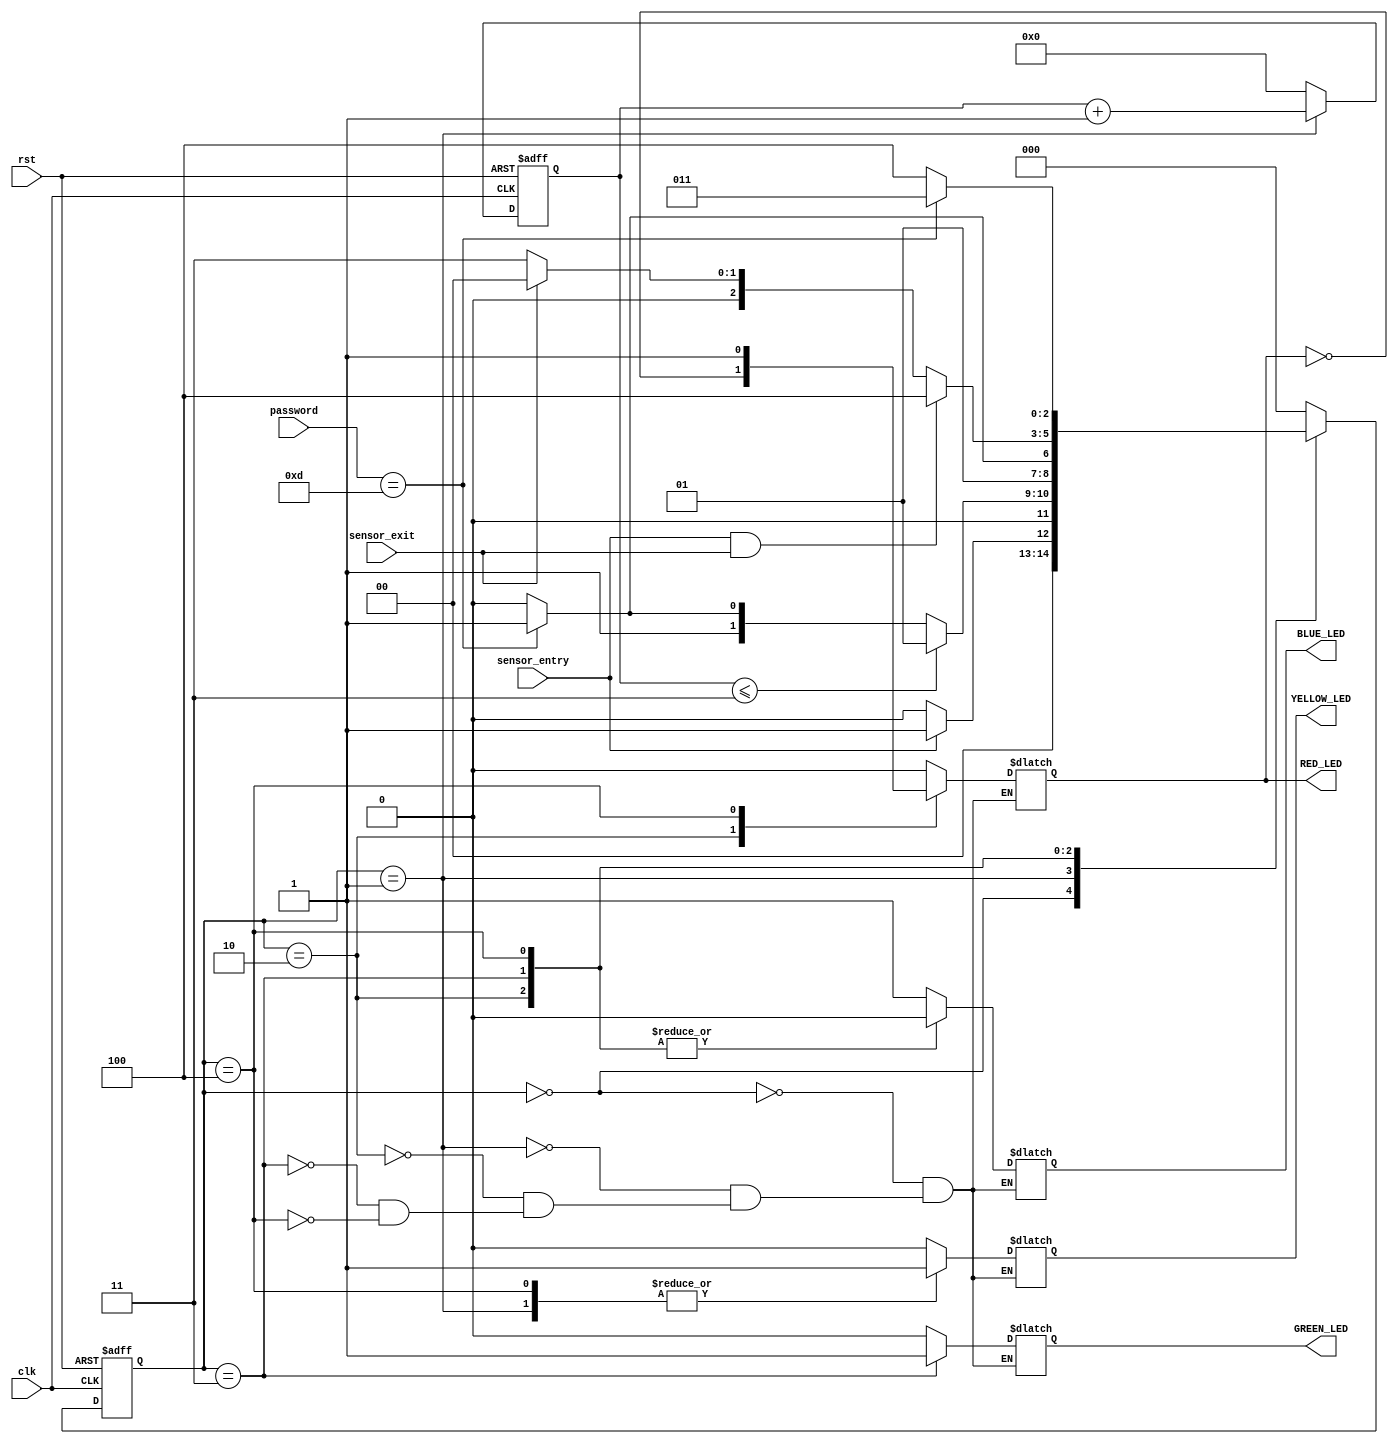
`timescale 1ns/1ps
module smart_parking(
    input clk,
    input rst,
    input sensor_entry,
    input sensor_exit,
    input [3:0] password,
    output reg GREEN_LED,
    output reg RED_LED,
    output reg BLUE_LED,
    output reg YELLOW_LED
);

parameter IDLE = 3'b000, WAIT_PASSWORD = 3'b001, WRONG_PASSWORD = 3'b010,
          RIGHT_PASSWORD = 3'b011, SYS_STOP = 3'b100;

reg [2:0] current_state, next_state;
reg [31:0] counter_wait;

always @(posedge clk or negedge rst) begin
  if (~rst)
    current_state <= IDLE;
  else
    current_state <= next_state;
end

always @(posedge clk or negedge rst) begin
  if (~rst)
    counter_wait <= 0;
  else if (current_state == WAIT_PASSWORD)
    counter_wait <= counter_wait + 1;
  else
    counter_wait <= 0;
end

always @(*) begin
  case (current_state)
    IDLE: begin
      if (sensor_entry == 1)
      begin
        next_state <= WAIT_PASSWORD;
      end
      else
      begin
        next_state <= IDLE;
      end
    end

    WAIT_PASSWORD: begin
      if (counter_wait <= 3)
      begin
        next_state <= WAIT_PASSWORD;
      end
      else begin
        if (password == 4'b1101)
        begin
          next_state <= RIGHT_PASSWORD;
        end
        else
        begin
          next_state <= WRONG_PASSWORD;
        end
      end
    end

    WRONG_PASSWORD: begin
      if (password == 4'b1101)
      begin
        next_state <= RIGHT_PASSWORD;
      end
      else
      begin
        next_state <= WRONG_PASSWORD;
      end
    end

    RIGHT_PASSWORD: begin
      if (sensor_entry == 1 && sensor_exit == 1)
      begin
        next_state <= SYS_STOP;
      end
      else if (sensor_exit == 1)
      begin
        next_state <= IDLE;
      end
      else
      begin
        next_state <= RIGHT_PASSWORD;
      end
    end

    SYS_STOP: begin
      if (password == 4'b1101)
      begin
        next_state <= RIGHT_PASSWORD;
      end
      else
      begin
        next_state <= SYS_STOP;
      end
    end

    default: next_state <= IDLE;
  endcase
end

always @(current_state) begin
  case (current_state)
    IDLE: begin
      GREEN_LED <= 1'b0;
      RED_LED <= 1'b0;
      YELLOW_LED <= 1'b0;
      BLUE_LED <= 1'b1;
    end

    WAIT_PASSWORD: begin
      GREEN_LED <= 1'b0;
      RED_LED <= 1'b0;
      YELLOW_LED <= 1'b1;
      BLUE_LED <= 1'b1;
    end

    WRONG_PASSWORD: begin
      GREEN_LED <= 1'b0;
      RED_LED <= ~RED_LED;
      YELLOW_LED <= 1'b0;
      BLUE_LED <= 1'b0;
    end

    RIGHT_PASSWORD: begin
      GREEN_LED <= 1'b1;
      RED_LED <= 1'b0;
      BLUE_LED <= 1'b0;
      YELLOW_LED <= 1'b0;
    end

    SYS_STOP: begin
      GREEN_LED <= 1'b0;
      RED_LED <= 1'b1;
      YELLOW_LED <= 1'b1;
      BLUE_LED <= 1'b0;
    end


  endcase
end

endmodule